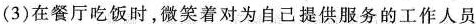
(3)在餐厅吃饭时，微笑着对为自己提供服务的工作人员